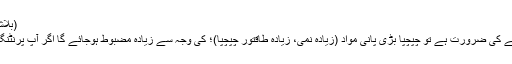
(بلاشبہ کے طور پر، کچھ کپڑا ایک بڑا دباؤ برداشت کر سکتے ہیں.)
ج طباعت کے بعد، آپ میں پہلی بار تصاویر منتقل کرنے کے لئے کی ضرورت ہے تو چپچپا بڑی پانی مواد (زیادہ نمی، زیادہ طاقتور چپچپا)؛ کی وجہ سے زیادہ مضبوط ہوجائے گا اگر آپ پرنٹنگ تامیوف کی مدت کے بعد منتقل، دوسری چپچپا کم ہو جائے گا ۔